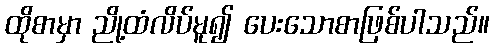
ထိုစာမှာ ညို့ထံလိပ်မူ၍ ပေးသောစာဖြစ်ပါသည်။